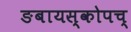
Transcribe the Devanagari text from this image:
ङबायस्कोपच्